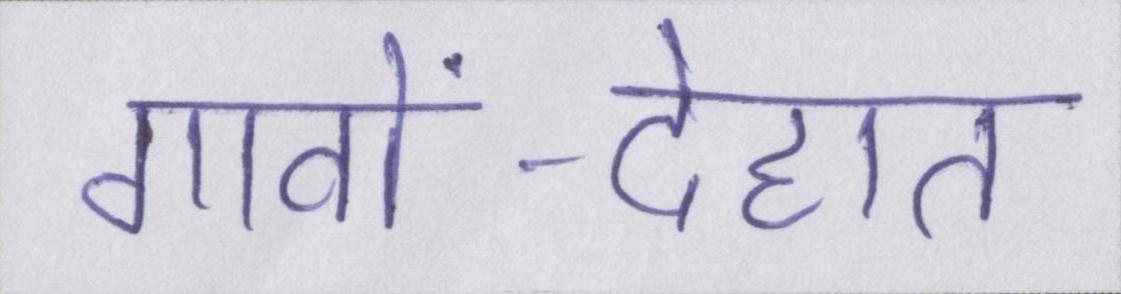
गावों-देहात